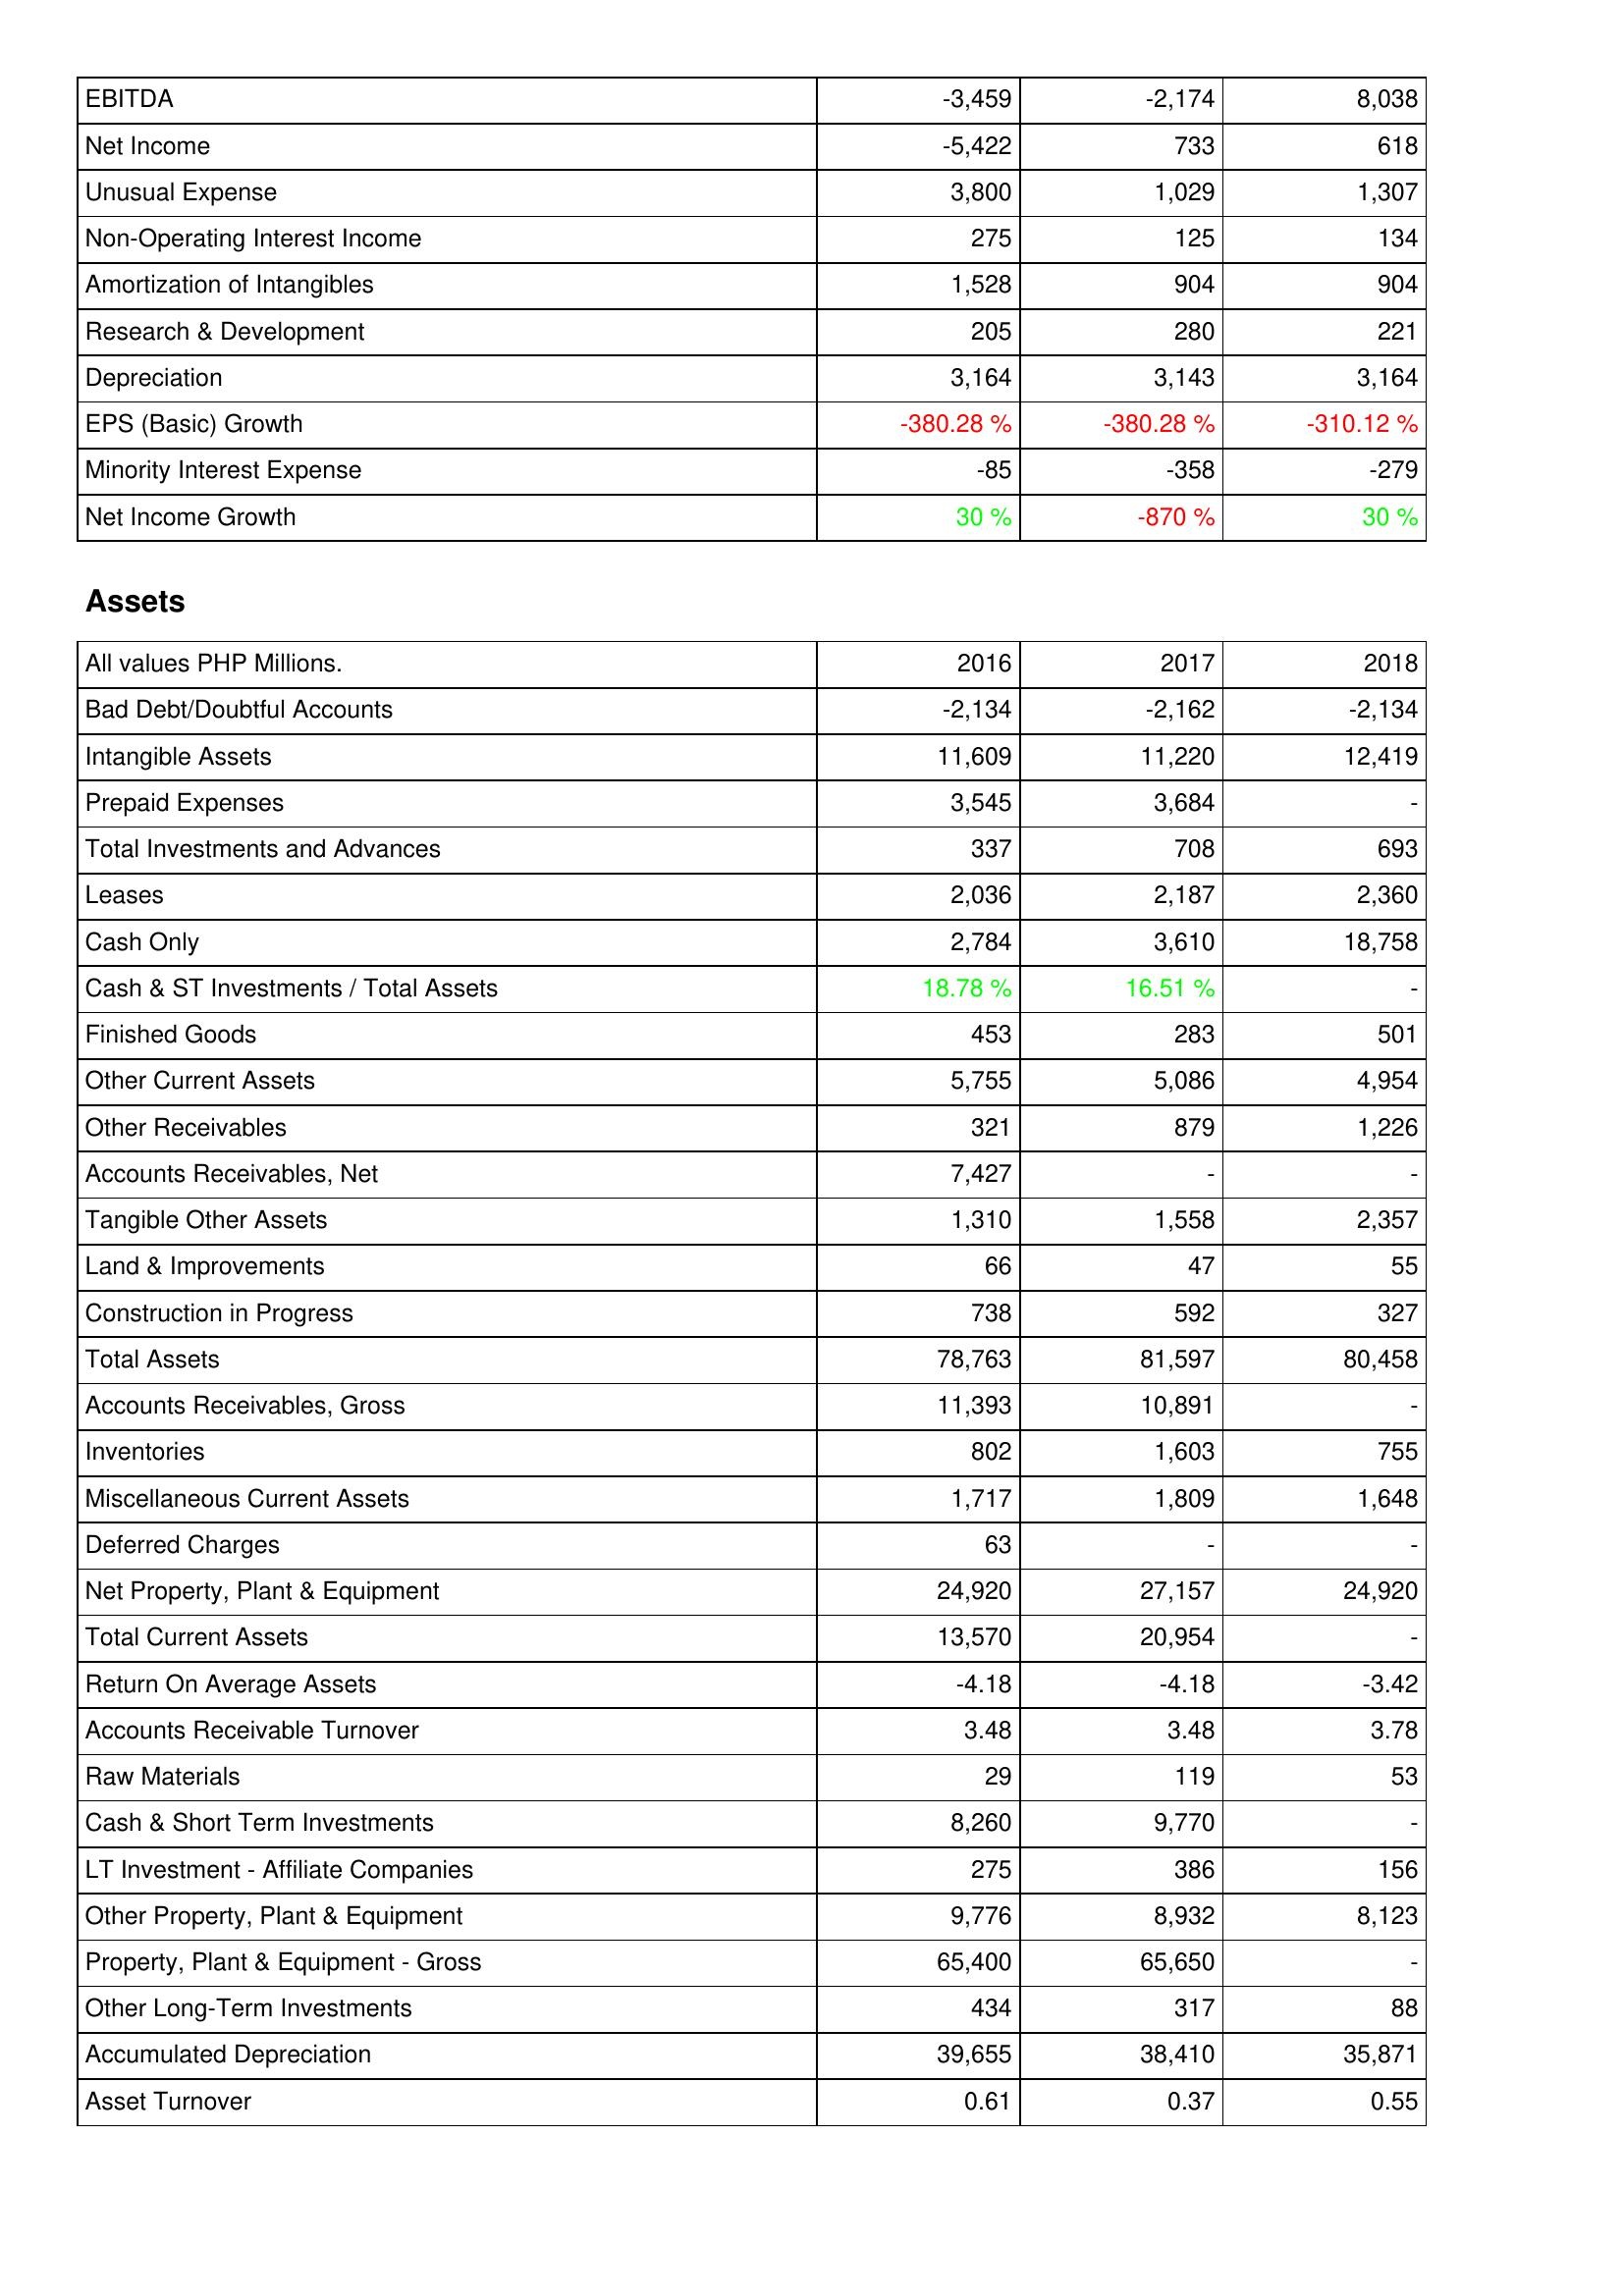
2016: Income Statement: EBITDA: -3,459
Net Income: -5,422
Unusual Expense: 3,800
Non-Operating Interest Income: 275
Amortization of Intangibles: 1,528
Research & Development: 205
Depreciation: 3,164
EPS (Basic) Growth: -380.28 %
Minority Interest Expense: -85
Net Income Growth: 30 %
Assets: Bad Debt/Doubtful Accounts: -2,134
Intangible Assets: 11,609
Prepaid Expenses: 3,545
Total Investments and Advances: 337
Leases: 2,036
Cash Only: 2,784
Cash & ST Investments / Total Assets: 18.78 %
Finished Goods: 453
Other Current Assets: 5,755
Other Receivables: 321
Accounts Receivables, Net: 7,427
Tangible Other Assets: 1,310
Land & Improvements: 66
Construction in Progress: 738
Total Assets: 78,763
Accounts Receivables, Gross: 11,393
Inventories: 802
Miscellaneous Current Assets: 1,717
Deferred Charges: 63
Net Property, Plant & Equipment: 24,920
Total Current Assets: 13,570
Return On Average Assets: -4.18
Accounts Receivable Turnover: 3.48
Raw Materials: 29
Cash & Short Term Investments: 8,260
LT Investment - Affiliate Companies: 275
Other Property, Plant & Equipment: 9,776
Property, Plant & Equipment - Gross: 65,400
Other Long-Term Investments: 434
Accumulated Depreciation: 39,655
Asset Turnover: 0.61
2017: Income Statement: EBITDA: -2,174
Net Income: 733
Unusual Expense: 1,029
Non-Operating Interest Income: 125
Amortization of Intangibles: 904
Research & Development: 280
Depreciation: 3,143
EPS (Basic) Growth: -380.28 %
Minority Interest Expense: -358
Net Income Growth: -870 %
Assets: Bad Debt/Doubtful Accounts: -2,162
Intangible Assets: 11,220
Prepaid Expenses: 3,684
Total Investments and Advances: 708
Leases: 2,187
Cash Only: 3,610
Cash & ST Investments / Total Assets: 16.51 %
Finished Goods: 283
Other Current Assets: 5,086
Other Receivables: 879
Accounts Receivables, Net: -
Tangible Other Assets: 1,558
Land & Improvements: 47
Construction in Progress: 592
Total Assets: 81,597
Accounts Receivables, Gross: 10,891
Inventories: 1,603
Miscellaneous Current Assets: 1,809
Deferred Charges: -
Net Property, Plant & Equipment: 27,157
Total Current Assets: 20,954
Return On Average Assets: -4.18
Accounts Receivable Turnover: 3.48
Raw Materials: 119
Cash & Short Term Investments: 9,770
LT Investment - Affiliate Companies: 386
Other Property, Plant & Equipment: 8,932
Property, Plant & Equipment - Gross: 65,650
Other Long-Term Investments: 317
Accumulated Depreciation: 38,410
Asset Turnover: 0.37
2018: Income Statement: EBITDA: 8,038
Net Income: 618
Unusual Expense: 1,307
Non-Operating Interest Income: 134
Amortization of Intangibles: 904
Research & Development: 221
Depreciation: 3,164
EPS (Basic) Growth: -310.12 %
Minority Interest Expense: -279
Net Income Growth: 30 %
Assets: Bad Debt/Doubtful Accounts: -2,134
Intangible Assets: 12,419
Prepaid Expenses: -
Total Investments and Advances: 693
Leases: 2,360
Cash Only: 18,758
Cash & ST Investments / Total Assets: -
Finished Goods: 501
Other Current Assets: 4,954
Other Receivables: 1,226
Accounts Receivables, Net: -
Tangible Other Assets: 2,357
Land & Improvements: 55
Construction in Progress: 327
Total Assets: 80,458
Accounts Receivables, Gross: -
Inventories: 755
Miscellaneous Current Assets: 1,648
Deferred Charges: -
Net Property, Plant & Equipment: 24,920
Total Current Assets: -
Return On Average Assets: -3.42
Accounts Receivable Turnover: 3.78
Raw Materials: 53
Cash & Short Term Investments: -
LT Investment - Affiliate Companies: 156
Other Property, Plant & Equipment: 8,123
Property, Plant & Equipment - Gross: -
Other Long-Term Investments: 88
Accumulated Depreciation: 35,871
Asset Turnover: 0.55